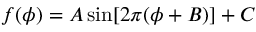
f ( \phi ) = A \sin [ 2 \pi ( \phi + B ) ] + C